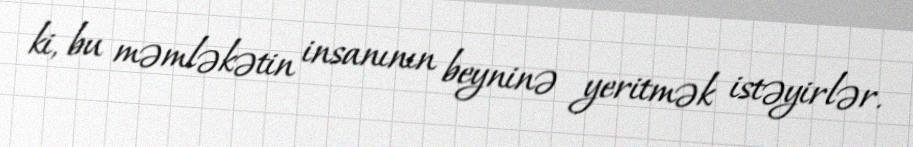
ki, bu məmləkətin insanının beyninə yeritmək istəyirlər.